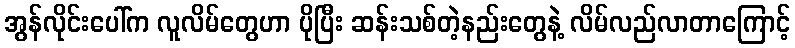
အွန်လိုင်းပေါ်က လူလိမ်တွေဟာ ပိုပြီး ဆန်းသစ်တဲ့နည်းတွေနဲ့ လိမ်လည်လာတာကြောင့်